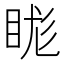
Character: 𥆙